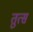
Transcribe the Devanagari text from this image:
तुत्स